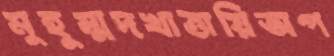
মুহুম্মদখাত্তায়িঅপ